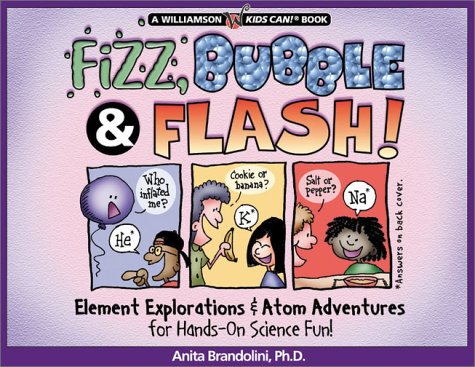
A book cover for Fizz, Bubble & Flash!: Element Explorations & Atom Adventures for Hands-On Science Fun! (Williamson Kids Can! Series); Anita; Children's Books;